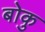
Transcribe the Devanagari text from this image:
बोकु